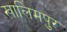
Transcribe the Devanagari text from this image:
खालिमपुर